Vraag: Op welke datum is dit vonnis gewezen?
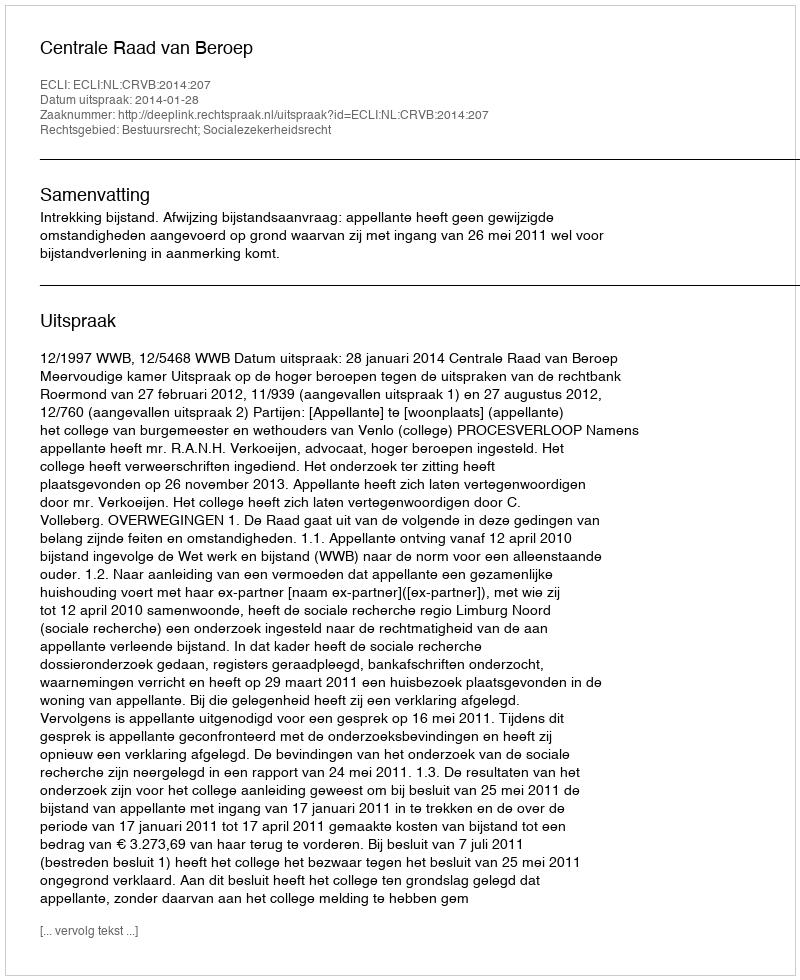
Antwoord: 2014-01-28